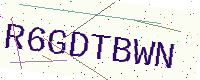
Text: R6GDTBWN